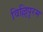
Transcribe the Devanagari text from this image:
विल्लिपुरम